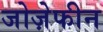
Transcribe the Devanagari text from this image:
जोज़ेफीन